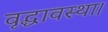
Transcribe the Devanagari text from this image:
वृद्धावस्था।